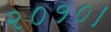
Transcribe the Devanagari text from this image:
२०१०।